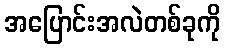
အပြောင်းအလဲတစ်ခုကို